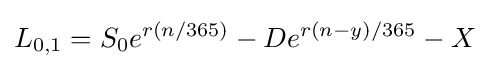
L_{0,1}=S_{0}e^{r(n/365)}-De^{r(n-y)/365}-X